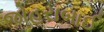
જોહરાબાઈ